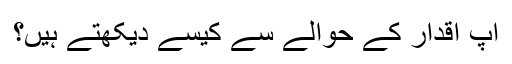
آپ اقدار کے حوالے سے کیسے دیکھتے ہیں؟